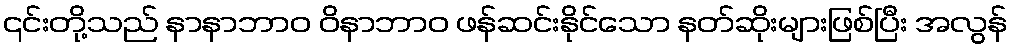
၎င်းတို့သည် နာနာဘာဝ ဝိနာဘာဝ ဖန်ဆင်းနိုင်သော နတ်ဆိုးများဖြစ်ပြီး အလွန်